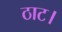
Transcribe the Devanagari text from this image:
ठाट।